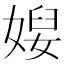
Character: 𡞉